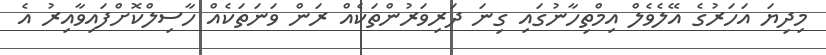
މިދިޔަ އަހަރުގެ އޭލެވެލް އިމްތިހާނުގައި ގިނަ ދަރިވަރުންތަކެއް ރަން ވަނަތަކެއް ހާސިލްކޮށްފައިވާއިރު އެ